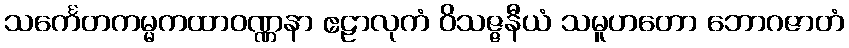
သင်္ကေတကမ္မကထာဝဏ္ဏနာ ဧဠာလုကံ ဝိသဇ္ဇနီယံ သမူဟတော ဘောဂဇာတံ